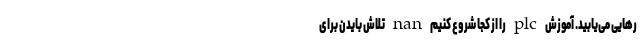
رهایی می‌یابید. آموزش plc را از کجا شروع کنیم nan تلاش بایدن برای